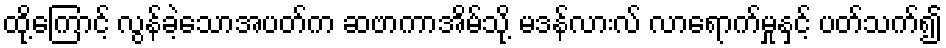
ထို့ကြောင့် လွန်ခဲ့သောအပတ်က ဆဗာကာအိမ်သို့ မဒန်လားလ် လာရောက်မှုနှင့် ပတ်သက်၍